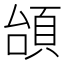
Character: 𩒎